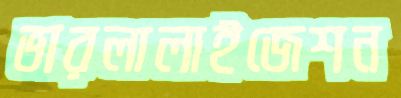
ভারলালাইজেশন